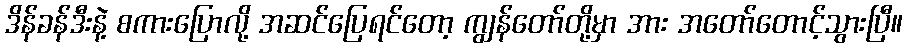
ဒိန်ခန်ဒီးနဲ့ စကားပြောလို့ အဆင်ပြေရင်တော့ ကျွန်တော်တို့မှာ အား အတော်တောင့်သွားပြီ။